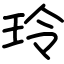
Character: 玲